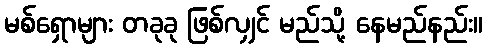
မစ်ရှောများ တခုခု ဖြစ်လျှင် မည်သို့ နေမည်နည်း။